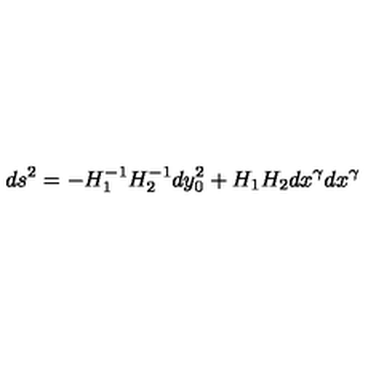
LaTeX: d s ^ { 2 } = - H _ { 1 } ^ { - 1 } H _ { 2 } ^ { - 1 } d y _ { 0 } ^ { 2 } + H _ { 1 } H _ { 2 } d x ^ { \gamma } d x ^ { \gamma }